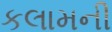
કલામની